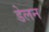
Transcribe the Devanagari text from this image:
डेलन